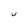
Character: U